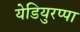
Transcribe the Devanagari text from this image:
येडियुरप्पा